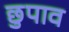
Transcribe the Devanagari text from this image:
छुपाव